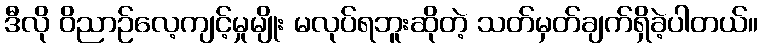
ဒီလို ဝိညာဉ်လေ့ကျင့်မှုမျိုး မလုပ်ရဘူးဆိုတဲ့ သတ်မှတ်ချက်ရှိခဲ့ပါတယ်။